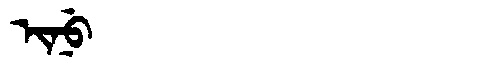
Manchu: ᡳᠨᡠ
Romanization: INU